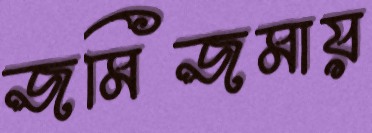
জমিজমায়